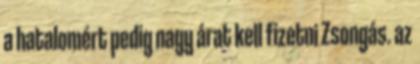
a hatalomért pedig nagy árat kell fizetni Zsongás. az